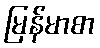
မြန်မာစာ